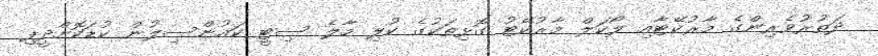
ދަތުރުވެރިންގެ މާރުކޭޓާއި ލޯކަލް މާރުކޭޓު ގޮޅިތަކުގެ ކުލި މާލެ ސިޓީ ކައުންސިލުން ކުޑަކޮށްދީފި